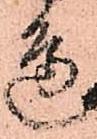
邊